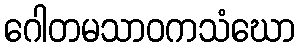
ဂေါတမသာဝကသံဃော